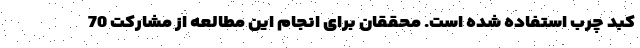
کبد چرب استفاده شده است. محققان برای انجام این مطالعه از مشارکت 70